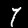
Digit: 7